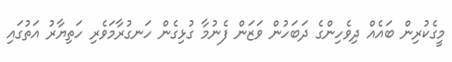
މީގެކުރިން ބައެއް ދިވެހިންގެ ދަބަހުން ވަޒަން ފެނުމާ ގުޅިގެން ހަނގުރާމަވެރި ހަތިޔާރު އަތުގައި